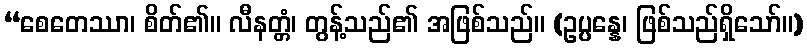
“စေတေဿာ၊ စိတ်၏။ လီနတ္တံ၊ တွန့်သည်၏ အဖြစ်သည်။ (ဥပ္ပန္နေ၊ ဖြစ်သည်ရှိသော်။)